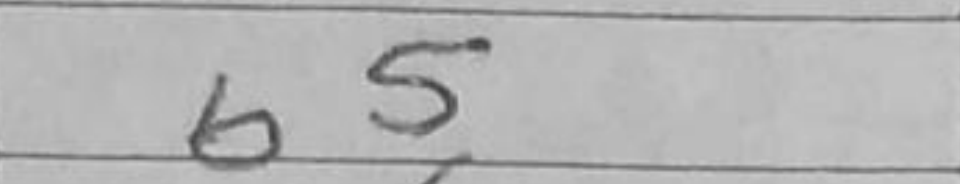
Transcription: b5